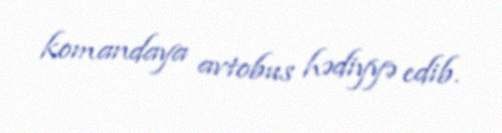
komandaya avtobus hədiyyə edib.